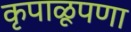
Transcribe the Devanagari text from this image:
कृपाळूपणा